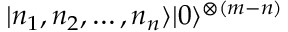
| n _ { 1 } , n _ { 2 } , \dots , n _ { n } \rangle | 0 \rangle ^ { \otimes ( m - n ) }